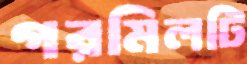
গরমিলটি